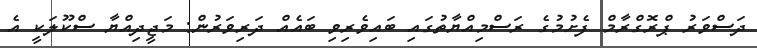
ދަސްވަރު ޕްރޮގްރާމް ފެށުމުގެ ރަސްމިއްޔާތުގައި ބައިވެރިވި ބައެއް ދަރިވަރުން: މަޖީދިއްޔާ ސްކޫލަކީ އެ